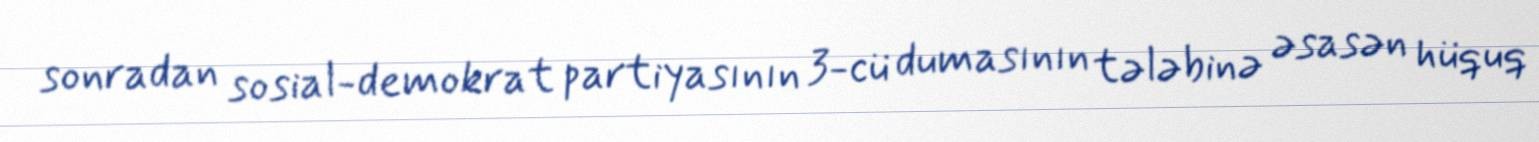
sonradan sosial-demokrat partiyasının 3-cü dumasının tələbinə əsasən hüquq